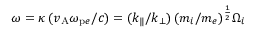
\omega = \kappa \, ( v _ { \mathrm { A } } \omega _ { \mathrm { p } e } / c ) = ( k _ { \| } / k _ { \bot } ) \, ( m _ { i } / m _ { e } ) ^ { \frac { 1 } { 2 } } \Omega _ { i }